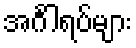
အင်္ဂါရပ်များ